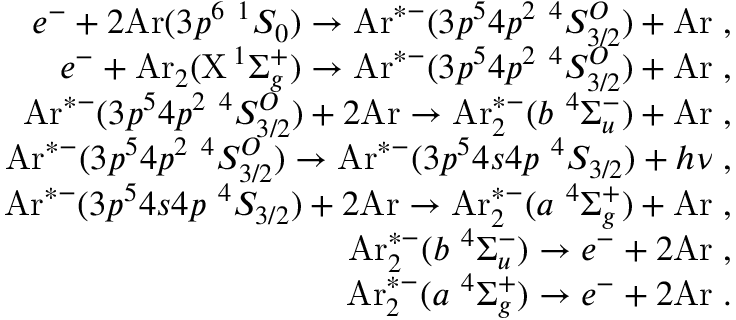
\begin{array} { r } { e ^ { - } + 2 \mathrm { A r } ( 3 p ^ { 6 } \ ^ { 1 } S _ { 0 } ) \rightarrow \mathrm { A r } ^ { * - } ( 3 p ^ { 5 } 4 p ^ { 2 } \ ^ { 4 } S _ { 3 / 2 } ^ { O } ) + \mathrm { A r } \; , } \\ { e ^ { - } + \mathrm { A r } _ { 2 } ( \mathrm { X } \, ^ { 1 } \Sigma _ { g } ^ { + } ) \rightarrow \mathrm { A r } ^ { * - } ( 3 p ^ { 5 } 4 p ^ { 2 } \ ^ { 4 } S _ { 3 / 2 } ^ { O } ) + \mathrm { A r } \; , } \\ { \mathrm { A r } ^ { * - } ( 3 p ^ { 5 } 4 p ^ { 2 } \ ^ { 4 } S _ { 3 / 2 } ^ { O } ) + 2 \mathrm { A r } \rightarrow \mathrm { A r } _ { 2 } ^ { * - } ( b \ ^ { 4 } \Sigma _ { u } ^ { - } ) + \mathrm { A r } \; , } \\ { \mathrm { A r } ^ { * - } ( 3 p ^ { 5 } 4 p ^ { 2 } \ ^ { 4 } S _ { 3 / 2 } ^ { O } ) \rightarrow \mathrm { A r } ^ { * - } ( 3 p ^ { 5 } 4 s 4 p \ ^ { 4 } S _ { 3 / 2 } ) + h \nu \; , } \\ { \mathrm { A r } ^ { * - } ( 3 p ^ { 5 } 4 s 4 p \ ^ { 4 } S _ { 3 / 2 } ) + 2 \mathrm { A r } \rightarrow \mathrm { A r } _ { 2 } ^ { * - } ( a \ ^ { 4 } \Sigma _ { g } ^ { + } ) + \mathrm { A r } \; , } \\ { \mathrm { A r } _ { 2 } ^ { * - } ( b \ ^ { 4 } \Sigma _ { u } ^ { - } ) \rightarrow e ^ { - } + 2 \mathrm { A r } \; , } \\ { \mathrm { A r } _ { 2 } ^ { * - } ( a \ ^ { 4 } \Sigma _ { g } ^ { + } ) \rightarrow e ^ { - } + 2 \mathrm { A r } \; . } \end{array}